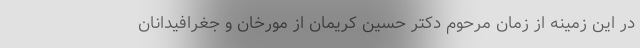
در این زمینه از زمان مرحوم دکتر حسین کریمان از مورخان و جغرافیدانان